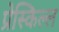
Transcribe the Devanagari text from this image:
प्रेस्किल्ल